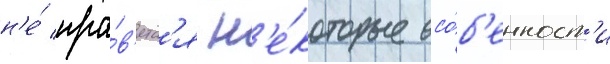
н'е́ нра́в'ятс'я н'е́которые осо́б'енност'и